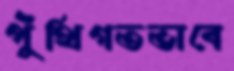
পুঁথিগতভাবে